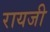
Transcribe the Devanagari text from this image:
रायजी